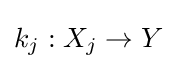
k_{j}:X_{j}\rightarrow Y